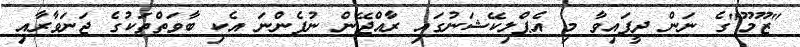
"ޒޫމޫ"ގެ ނަން ދީފައިވާ މި އެޕްލިކޭޝަނުގައި ރާއްޖޭން ނުފެންނަ އެކި ބާވަތްތަކުގެ ޖަނަވާރާއި